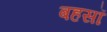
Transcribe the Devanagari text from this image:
बहसॉ